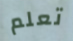
تعلم